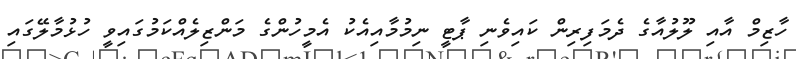
ހާޒިމް އާއި ލޫލުއާގެ ދެމަފިރިން ކައިވެނި ޕާޓީ ނިމުމާއިއެކު އެމީހުންގެ މަންޒިލެއްކަމުގައިވީ ހުޅުމާލޭގައި